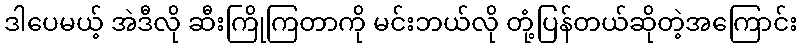
ဒါပေမယ့် အဲဒီလို ဆီးကြိုကြတာကို မင်းဘယ်လို တုံ့ပြန်တယ်ဆိုတဲ့အကြောင်း